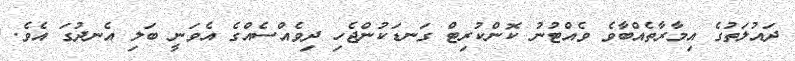
ދައުލަތުގެ އިމާރާތެއްބާވެ ވެއްޓުނު ކޮންކުރިޓް ގަނޑަކުންޖެހި ދިވެއްސެއްގެ އެވަނީ ބަލި އެނދުގަ އެވެ.